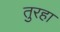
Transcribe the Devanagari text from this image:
तुरहा